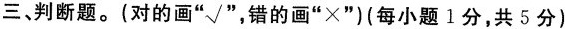
三、判断题。(对的画”√”，错的画”×”)(每小题1分，共5分)